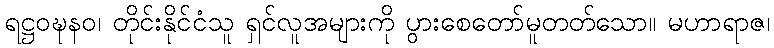
ရဋ္ဌဝဍ္ဎနဝ၊ တိုင်းနိုင်ငံသူ ရှင်လူအများကို ပွားစေတော်မူတတ်သော။ မဟာရာဇ၊